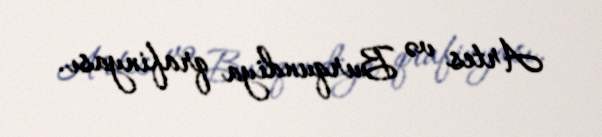
Artes və Burqundiya qrafinyası.